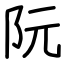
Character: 阮